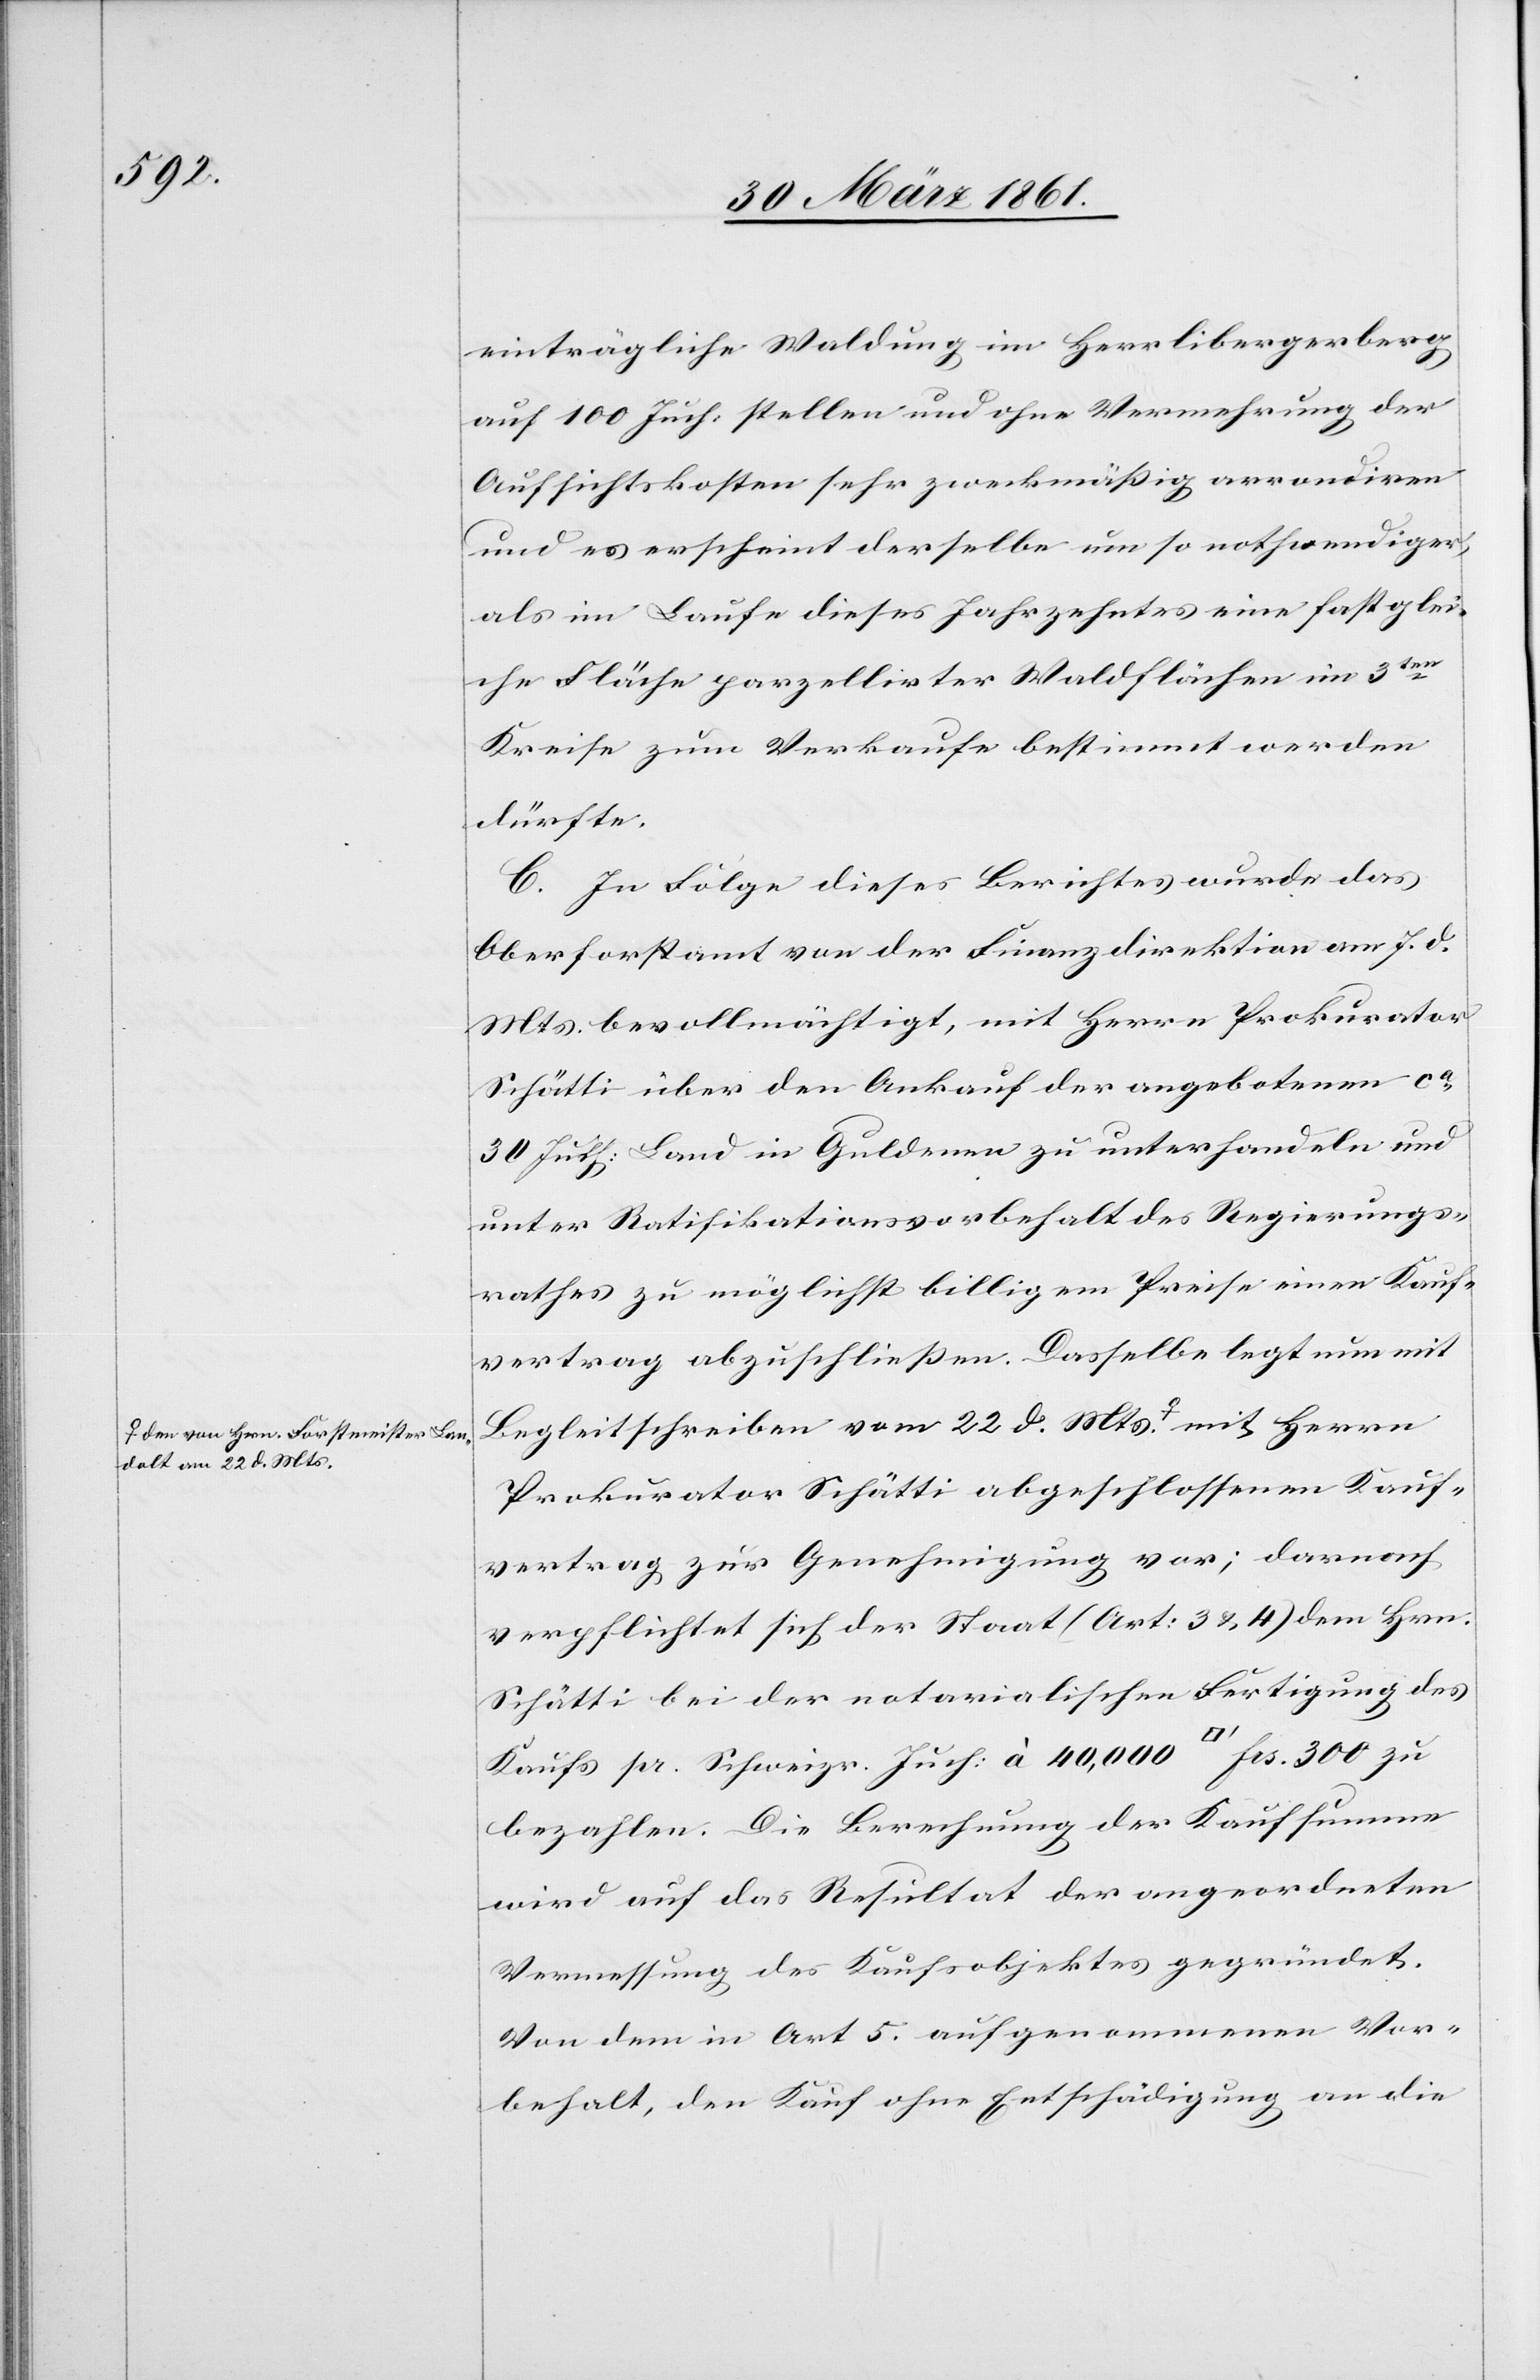
dolt am 22. d. Mts.-a

einträgliche Waldung im Herrlibergerberg
auf 100 Juch. stellen und ohne Vermehrung der
Aufsichtskosten sehr zweckmäßig arrondiren
und es erscheint derselbe um so nothwendiger,
als im Laufe dieses Jahrzehntes eine fast glei¬
che Fläche parzellirter Waldflächen im 3ten
Kreise zum Verkaufe bestimmt werden
dürfte.
C. In Folge dieses Berichtes wurde das
Oberforstamt von der Finanzdirektion am 7. d.
Mts. bevollmächtigt, mit Herrn Prokurator
Schätti über den Ankauf der angebotenen ca
30 Juch: Land in Guldenen zu unterhandeln und
unter Ratifikationsvorbehalt des Regierungs¬
rathes zu möglichst billigem Preise einen Kauf¬
vertrag abzuschließen. Dasselbe legt nun mit
Begleitschreiben vom 22. d. Mts. a-den
Prokurator Schätti abgeschlossenen Kauf¬
vertrag zur Genehmigung vor; darnach
verpflichtet sich der Staat (Art: 3 u. 4) dem Hrn.
Schätti bei der notarialischen Fertigung des
Lan¬
Kaufs pr. Schweizr. Juch: à 40,000 [Quadratfuß] frs. 300 zu
bezahlen. Die Berechnung der Kaufsumme
wird auf das Resultat der angeordneten
Vermessung des Kaufsobjektes gegründet.
Von dem in Art. 5 aufgenommenen Vor¬
behalt, den Kauf ohne Entschädigung an die